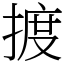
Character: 𢱋